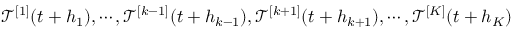
\mathcal { T } ^ { [ 1 ] } ( t + h _ { 1 } ) , \cdots , \mathcal { T } ^ { [ k - 1 ] } ( t + h _ { k - 1 } ) , \mathcal { T } ^ { [ k + 1 ] } ( t + h _ { k + 1 } ) , \cdots , \mathcal { T } ^ { [ K ] } ( t + h _ { K } )